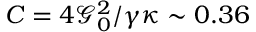
C = 4 \mathcal { G } _ { 0 } ^ { 2 } / \gamma \kappa \sim 0 . 3 6